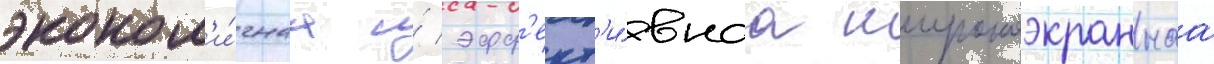
эконом'и́чнаа и́ эфф'ект'и́внаа широкоэкраннаа